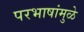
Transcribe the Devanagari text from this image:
परभाषांमुळे